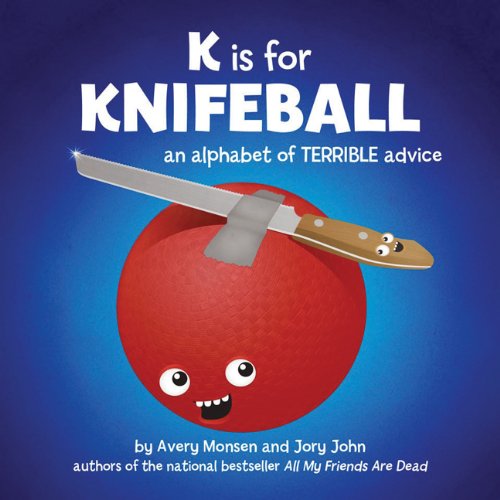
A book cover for K is for Knifeball: An Alphabet of Terrible Advice; Jory John; Humor & Entertainment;